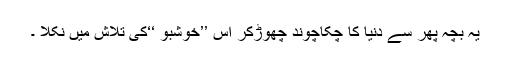
یہ بچہ پھر سے دنیا کا چکاچوند چھوڑکر اس ’’خوشبو ‘‘کی تلاش میں نکلا ۔